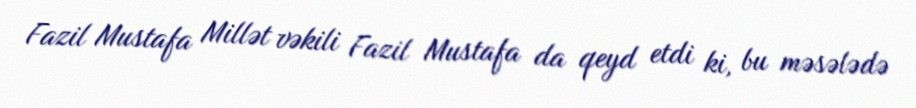
Fazil Mustafa Millət vəkili Fazil Mustafa da qeyd etdi ki, bu məsələdə